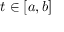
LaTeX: t \in [ a , b ]